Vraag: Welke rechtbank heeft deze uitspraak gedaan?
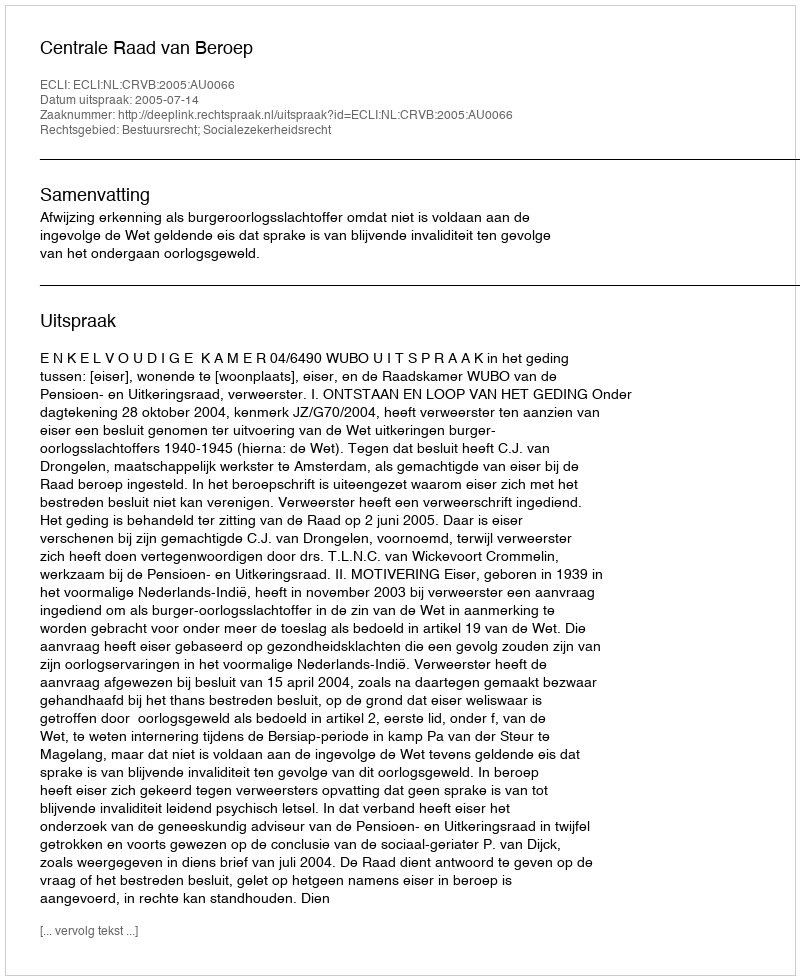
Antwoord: Centrale Raad van Beroep